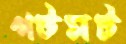
গটমট